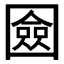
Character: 𭍴